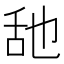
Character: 𦧇